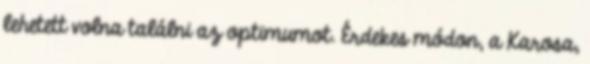
lehetett volna találni az optimumot. Érdekes módon, a Karosa,